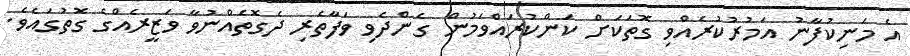
އެ މަނިކުފާނު އަމުރުކުރެއްވި ގޮތަކަށް ކަންކުރައްވަމުން ގެންދެވި ވަފާތެރި ދެގޮތެއްނުވާ ވަޒީރެއްގެ ގޮތުގައެވެ.